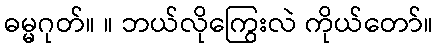
ဓမ္မဂုတ်။ ။ ဘယ်လိုကြွေးလဲ ကိုယ်တော်။